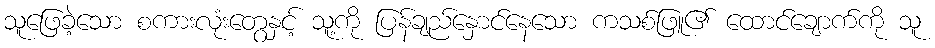
သူဖြေခဲ့သော စကားလုံးတွေနှင့် သူ့ကို ပြန်ချည်နှောင်နေသော ကသစ်ဖြူ၏ ထောင်ချောက်ကို သူ